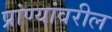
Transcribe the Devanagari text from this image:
प्रांण्यांवरील